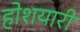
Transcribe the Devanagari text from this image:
होशयारी